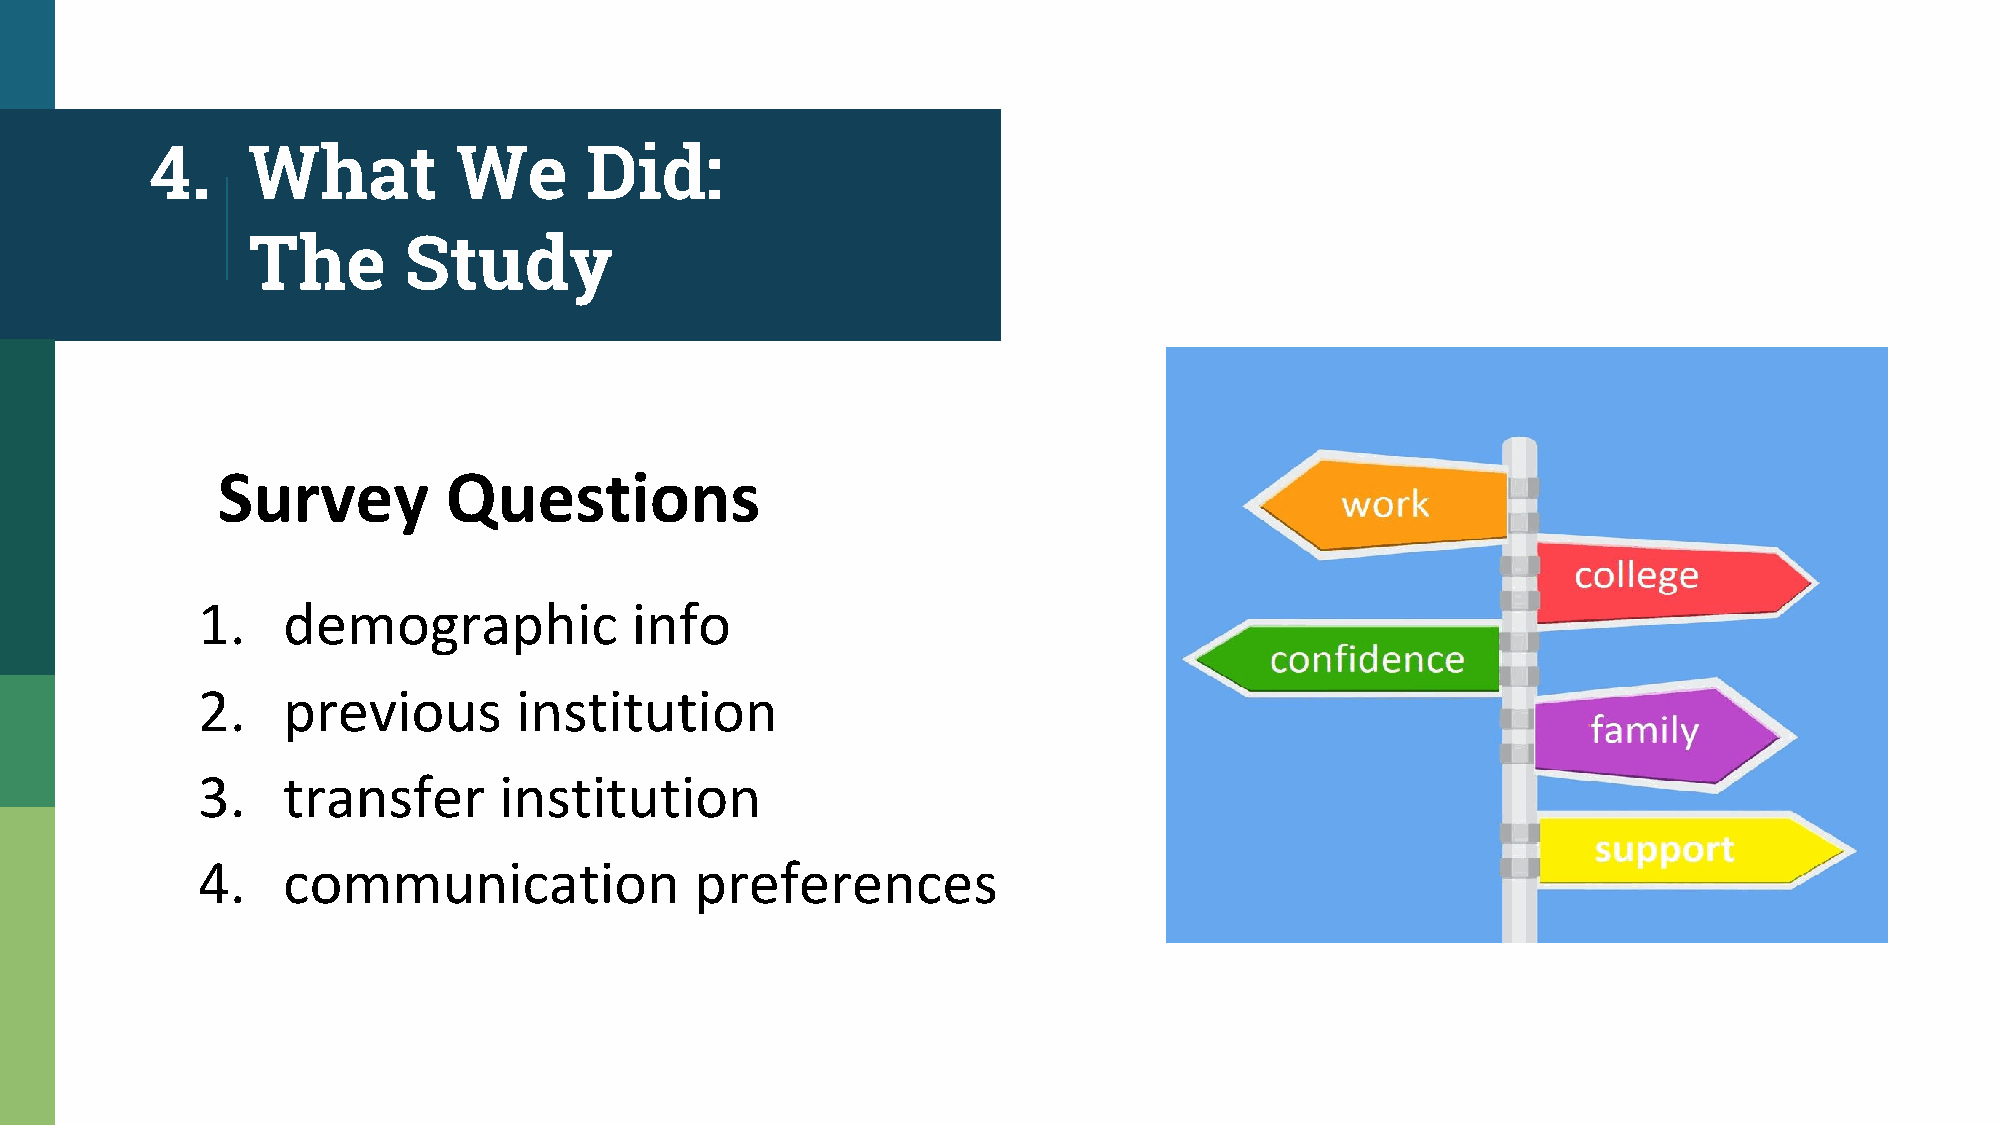
4.    What          We       Did:
 The        Study